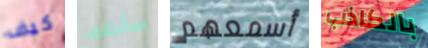
كيف سأنظف أسمعهم بالكاذب